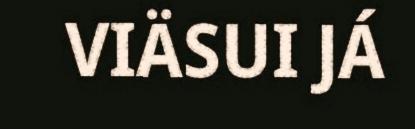
VIÄSUI JÁ